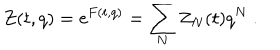
Z ( t , q ) = \mathrm { e } ^ { F ( t , q ) } = \sum _ { N } Z _ { N } ( t ) q ^ { N } ~ .